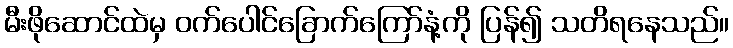
မီးဖိုဆောင်ထဲမှ ဝက်ပေါင်ခြောက်ကြော်နံ့ကို ပြန်၍ သတိရနေသည်။